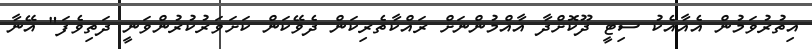
އިތުރުވަމުން އެއާއެކު ސިޓީ ދޫކޮށްދާ އާއްމުންނަށް ރައްކާތެރިކަން ދެވޭކަން ކަށަވަރުކުރުންވަނީ ދަތިވެފަ" އޭނާ